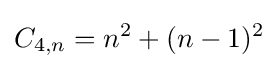
C_{4,n}=n^{2}+(n-1)^{2}